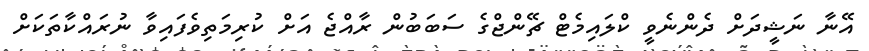
އޭނާ ނަޝީދަށް ދެންނެވީ ކްލައިމެޓް ޗޭންޖްގެ ސަބަބުން ރާއްޖެ އަށް ކުރިމަތިވެފައިވާ ނުރައްކާތަކަށް